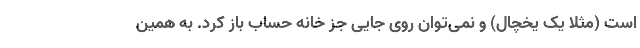
است (مثلا یک یخچال) و نمی‌توان روی جایی جز خانه حساب باز کرد. به همین